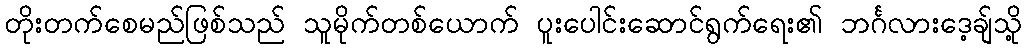
တိုးတက်စေမည်ဖြစ်သည် သူမိုက်တစ်ယောက် ပူးပေါင်းဆောင်ရွက်ရေး၏ ဘင်္ဂလားဒေ့ချ်သို့